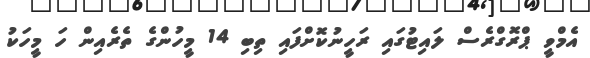
އެމްވީ ޕްރޮގްރެސް ލައިޓުގައި ރަހީނުކޮށްފައި ތިބި 14 މީހުންގެ ތެރެއިން ހަ މީހަކު